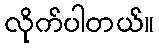
လိုက်ပါတယ်။